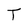
Character: T